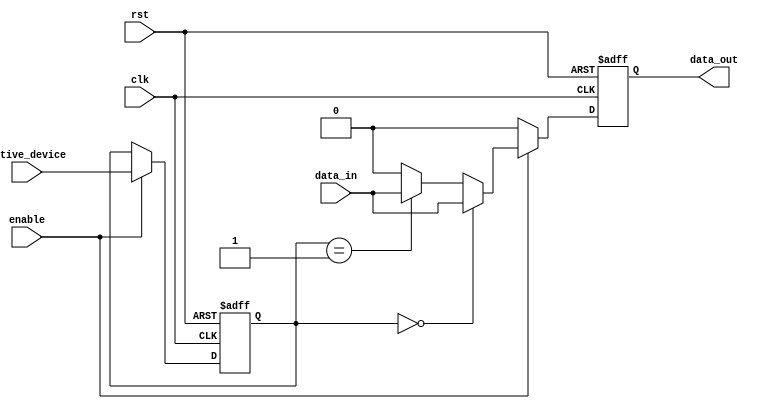
module io_bus_switch (
    input wire clk,
    input wire rst,
    input wire enable,
    input wire [1:0] active_device,
    input wire data_in,
    output reg data_out
);

reg [1:0] selected_device;

always @(posedge clk or posedge rst) begin
    if (rst) begin
        selected_device <= 2'b00;
        data_out <= 1'b0;
    end else begin
        if (enable) begin
            selected_device <= active_device;
            
            if (selected_device == 2'b00) begin
                // Device 0 is transmitting data
                data_out <= data_in;
            end else if (selected_device == 2'b01) begin
                // Device 1 is transmitting data
                data_out <= data_in; 
            end else begin
                // No device is selected
                data_out <= 1'b0;
            end
        end else begin
            // Bus switch is disabled
            data_out <= 1'b0;
        end
    end
end

endmodule